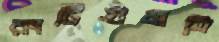
রংটিগুঁজতি